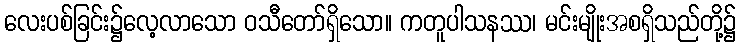
လေးပစ်ခြင်း၌လေ့လာသော ဝသီတော်ရှိသော။ ကတူပါသနဿ၊ မင်းမျိုးအစရှိသည်တို့၌